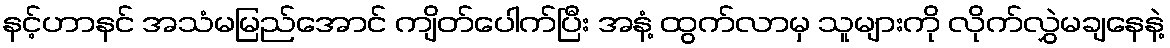
နင့်ဟာနင် အသံမမြည်အောင် ကျိတ်ပေါက်ပြီး အနံ့ ထွက်လာမှ သူများကို လိုက်လွှဲမချနေနဲ့